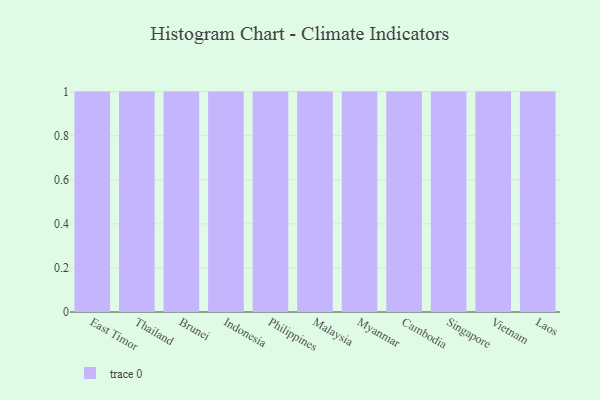
{"axis": {"x": "Country", "y": "Waste Production (Tons)"}, "legend": [""], "data": [{"x": "East Timor", "y": 52, "type": ""}, {"x": "Thailand", "y": 87, "type": ""}, {"x": "Brunei", "y": 68, "type": ""}, {"x": "Indonesia", "y": 64, "type": ""}, {"x": "Philippines", "y": 55, "type": ""}, {"x": "Malaysia", "y": 96, "type": ""}, {"x": "Myanmar", "y": 45, "type": ""}, {"x": "Cambodia", "y": 18, "type": ""}, {"x": "Singapore", "y": 12, "type": ""}, {"x": "Vietnam", "y": 13, "type": ""}, {"x": "Laos", "y": 8, "type": ""}]}